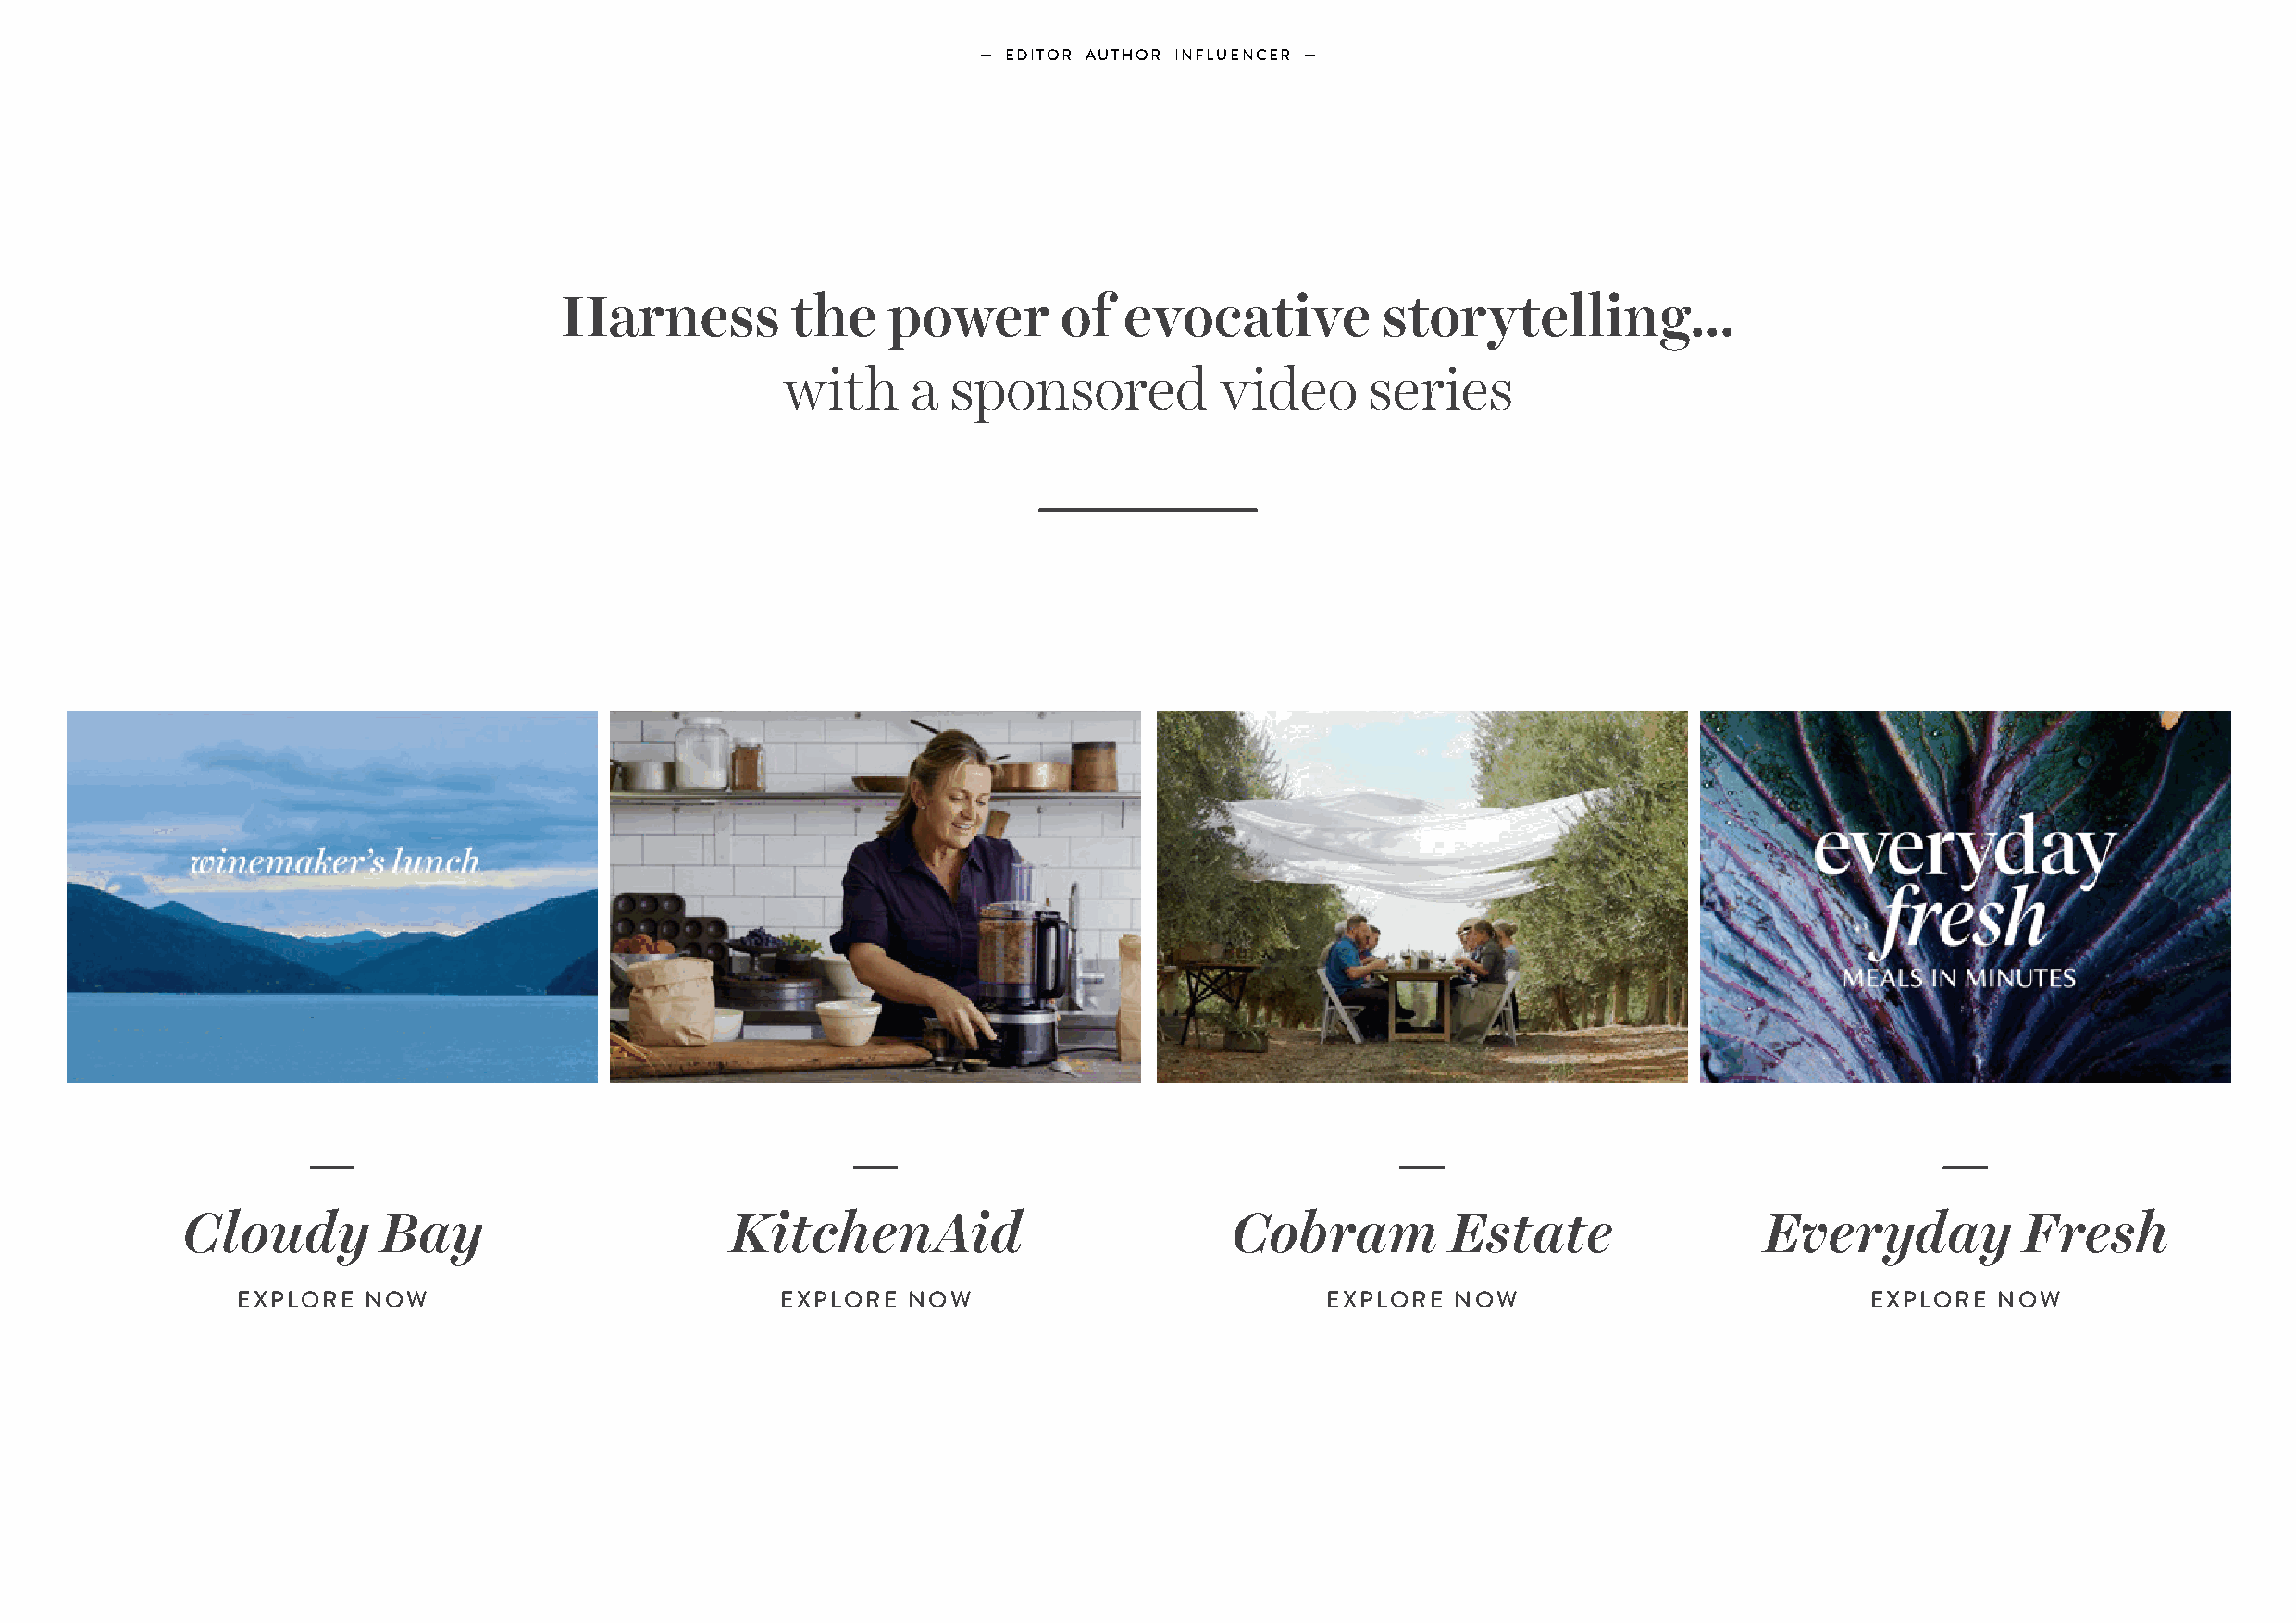
— EDITOR AUTHOR INFLUENCER —
 Harness          the    power       of  evocative          storytelling...
 with     a  sponsored          video      series
 Cloudy        Bay                      KitchenAid                          Cobram          Estate                Everyday           Fresh
 EXPLORE  NOW                           EXPLORE  NOW                           EXPLORE  NOW                           EXPLORE  NOW